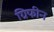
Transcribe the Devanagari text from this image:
ग्रिफीन